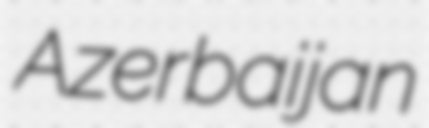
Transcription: Azerbaijan